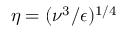
\eta = ( \nu ^ { 3 } / \epsilon ) ^ { 1 / 4 }